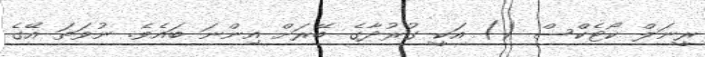
ރީނަލް ކޯޓެކްސް () އަކީ ގުރުދާގެ ބޭރަށް އިންނަ ބައެވެ. ނުވަތަ އޭގެ